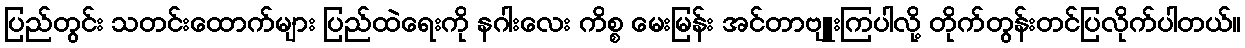
ပြည်တွင်း သတင်းထောက်များ ပြည်ထဲရေးကို နဂါးလေး ကိစ္စ မေးမြန်း အင်တာဗျူးကြပါလို့ တိုက်တွန်းတင်ပြလိုက်ပါတယ်။